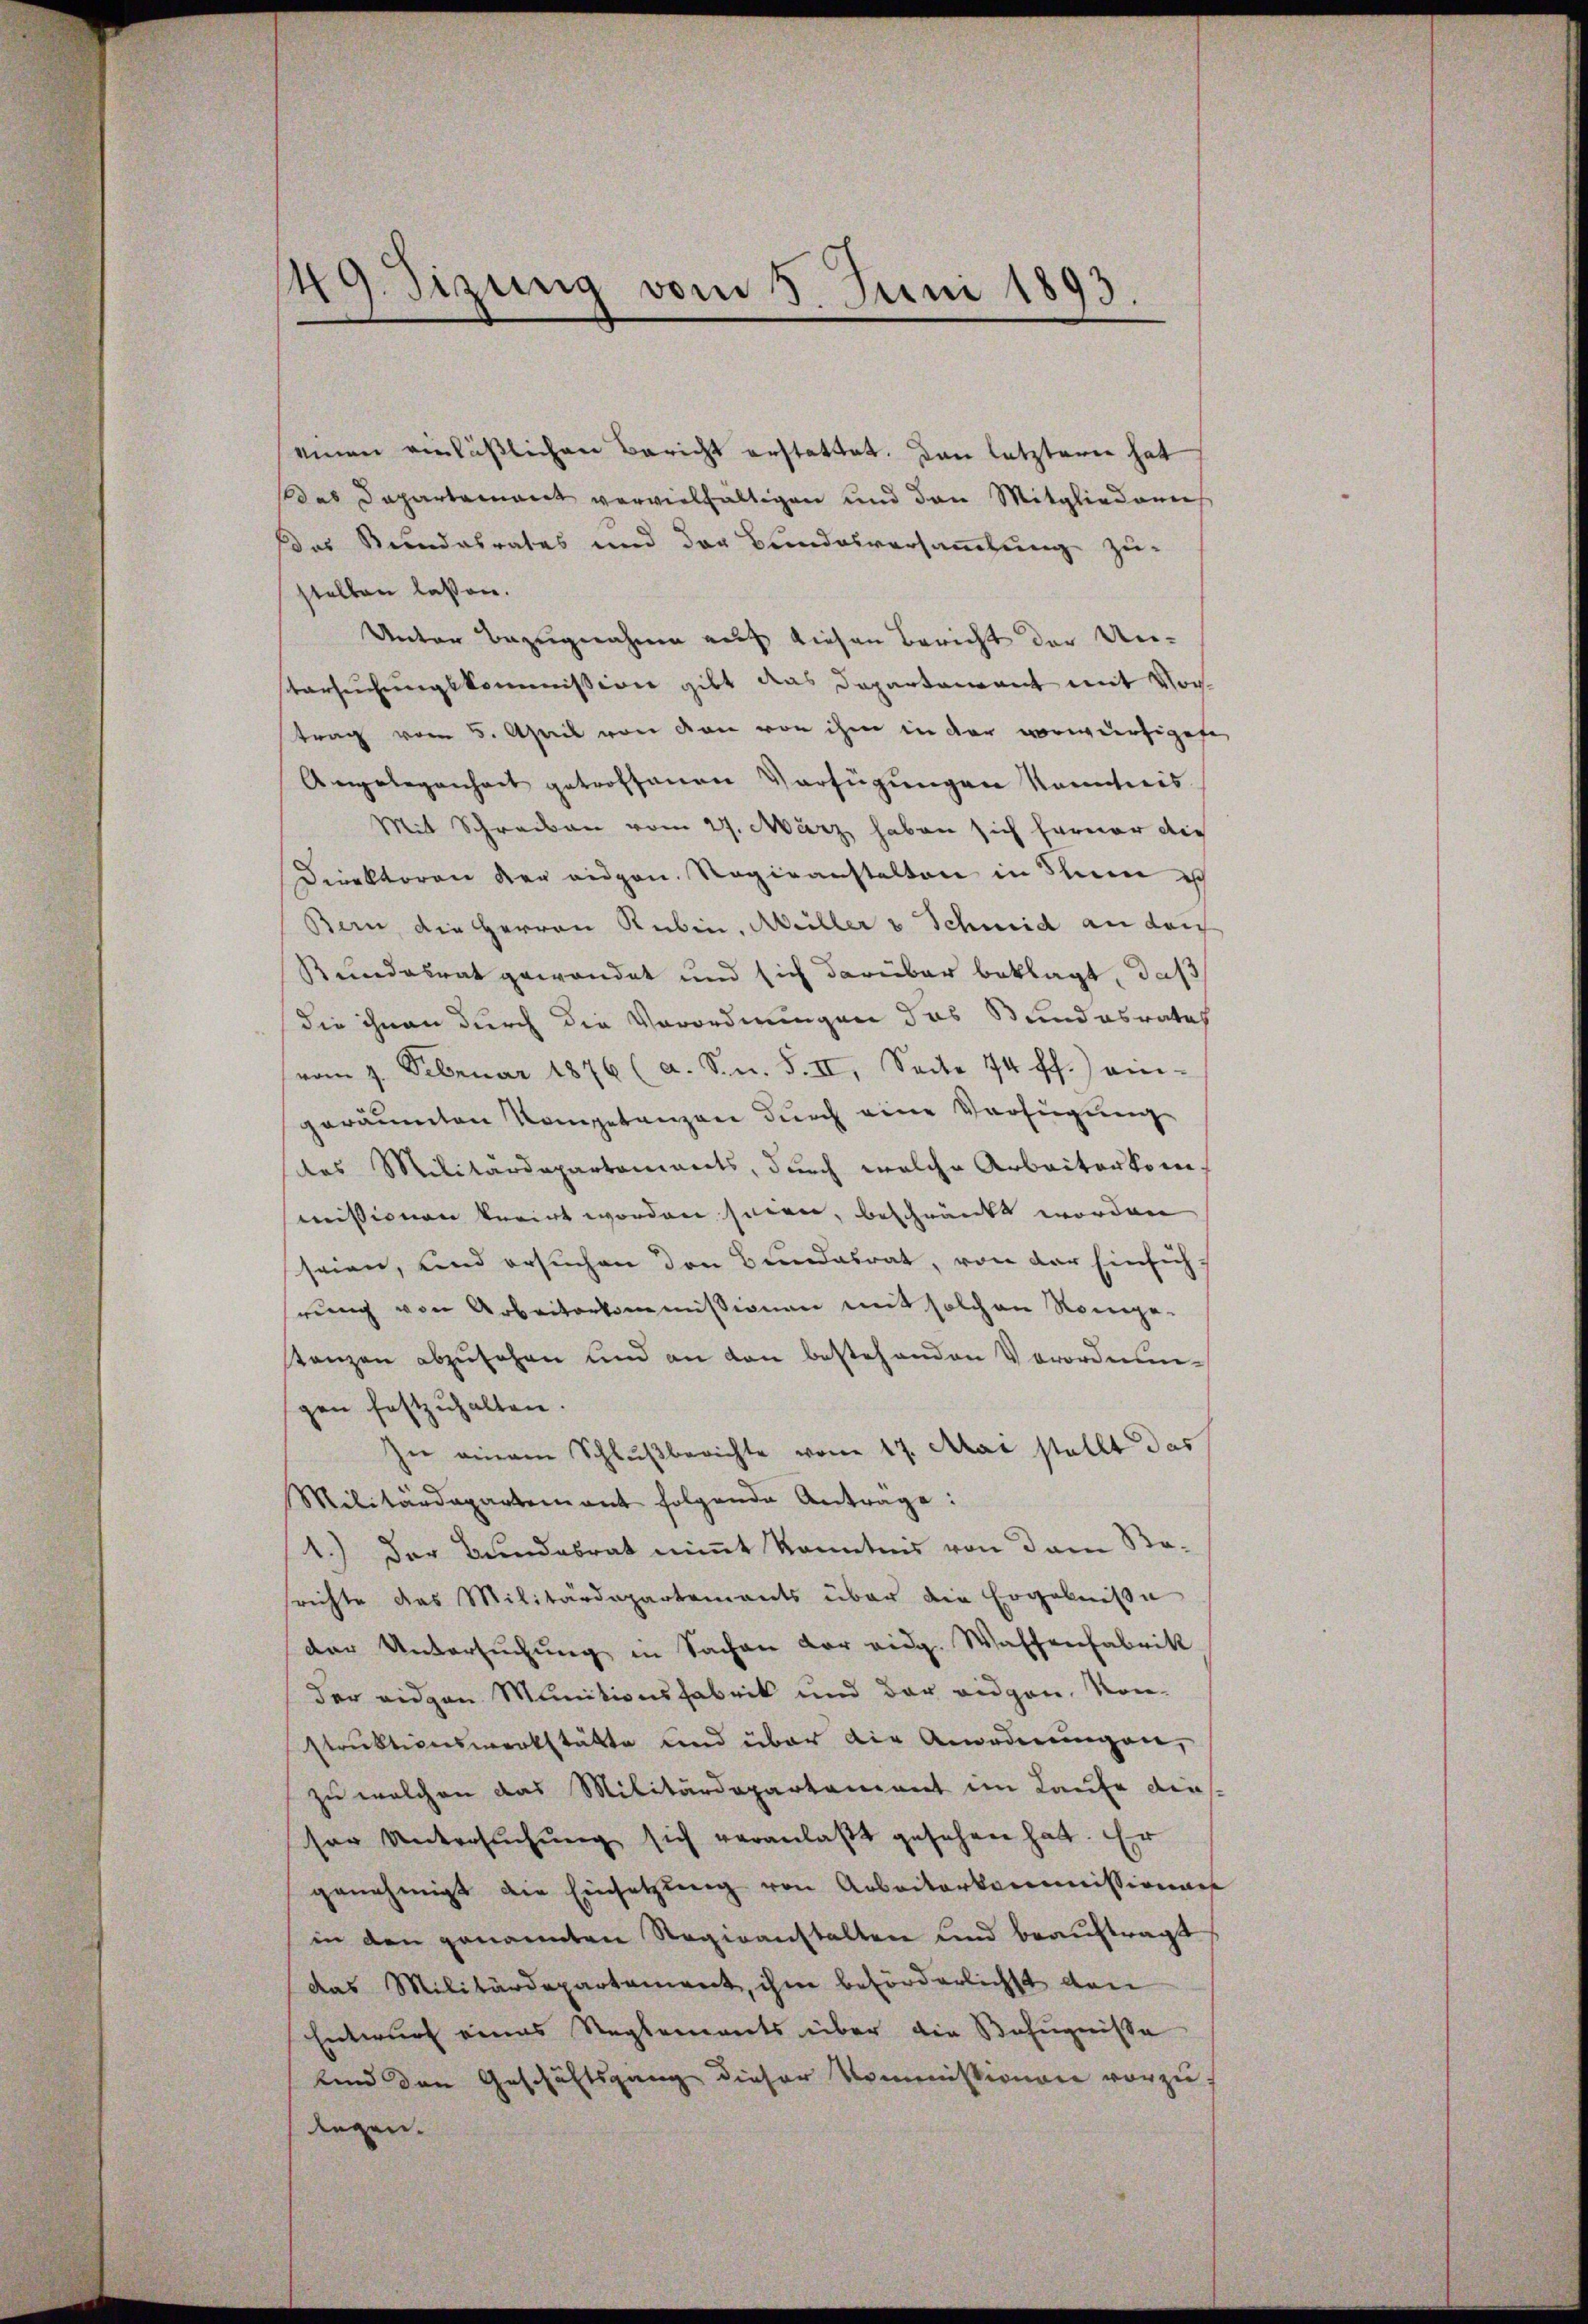
149. Sizung vom 5. Juni 1893.

einen einläßlichen Bericht erstattet. Dann letzteren hat
das Dapartement vervielfältigen und den Mitgliedene
das Bundesrates und der Bundesversammlung zu-
stellen laßen.
Unter Bezugnahme auf diesen Bericht der Untersuchungskommission gibt das Departarent mit Vortrag vom 5. April von den von ihm in der vorwürfigeste
Angelegenheit getroffenen Verfügungen kanntweis
Mit Schreiben vom 27. März haben sich hervor die
Direktoren der eidgen. Regieanstalten in Schnen ich
Bern, die Herren Rubin. Müller v Schweid an der
Kundesrat gewandet und sich darüber beklagt, daß
die ihnen durch die Vorordnungen das Bundesrates
vom 7. Februar 1876 (a. S. n. F. II. Seite 174 ff.) ein-
geräumten Kompetenzen durch eine Verfügung
des Militärdepartements, durch welche Arbeiterkommissionen berirt worden seien, beschränkt worden
seien, und ersuchen den Bundesrat, von der Einsich
rung von Arbeiterkommissionen mit solchen Romege-
stanzen abzusehen und an den bestehenden Vorordnungen festzuhalten.
In einem Schlußberichte vom 17. Mai stellt das
Militärdepartement folgende Antrage:
1.) Der Bundesrat nimmt Kenntnis von dem Bo-
richte das Militärdepartements über die Ergebniße
der Untersuchung in Sachen der eidg. Waffenfabrik
der eidgen Munitionsfabrik und der eidgen. Kon-
struktionswerkstätte und über die Anordnungen,
zu welchen das Militärdepartement im Laufe dies
ser Untersŭchŭng sich veranlaßt gesehen hat. Er
genehmigt die Einsetzung von Arbeiterkommissionens
in den genannten Regieanstalten und beauftragt
das Militärdepartement, ihm beförderlichst den
Entwurf eines Reglements über die Befugnisse
tend den Geschäftsgang dieser Kommissionen vorzu-
legen.